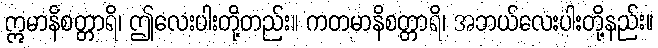
ဣမာနိစတ္တာရိ၊ ဤလေးပါးတို့တည်း။ ကတမာနိစတ္တာရိ၊ အဘယ်လေးပါးတို့နည်း။